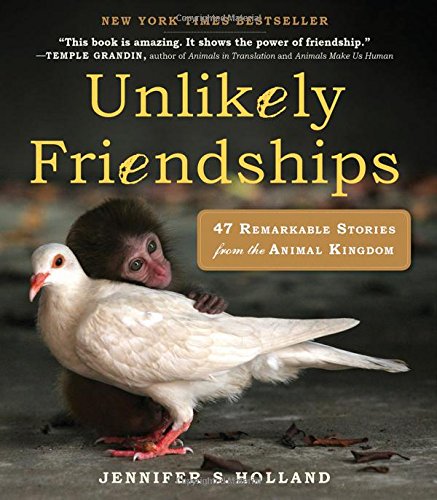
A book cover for Unlikely Friendships: 47 Remarkable Stories from the Animal Kingdom; Jennifer Holland; Science & Math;